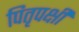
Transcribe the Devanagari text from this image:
पितृपक्षी